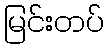
မြင်းတပ်